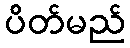
ပိတ်မည်